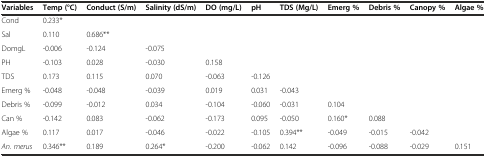
<table><thead><tr><td><b>Variables</b></td><td><b>Temp (°C)</b></td><td><b>Conduct (S/m)</b></td><td><b>Salinity (dS/m)</b></td><td><b>DO (mg/L)</b></td><td><b>pH</b></td><td><b>TDS (Mg/L)</b></td><td><b>Emerg %</b></td><td><b>Debris %</b></td><td><b>Canopy %</b></td><td><b>Algae %</b></td></tr></thead><tbody><tr><td>Cond</td><td>0.233*</td><td></td><td></td><td></td><td></td><td></td><td></td><td></td><td></td><td></td></tr><tr><td>Sal</td><td>0.110</td><td>0.686**</td><td></td><td></td><td></td><td></td><td></td><td></td><td></td><td></td></tr><tr><td>DomgL</td><td>-0.006</td><td>-0.124</td><td>-0.075</td><td></td><td></td><td></td><td></td><td></td><td></td><td></td></tr><tr><td>PH</td><td>-0.103</td><td>0.028</td><td>-0.030</td><td>0.158</td><td></td><td></td><td></td><td></td><td></td><td></td></tr><tr><td>TDS</td><td>0.173</td><td>0.115</td><td>0.070</td><td>-0.063</td><td>-0.126</td><td></td><td></td><td></td><td></td><td></td></tr><tr><td>Emerg %</td><td>-0.048</td><td>-0.048</td><td>-0.039</td><td>0.019</td><td>0.031</td><td>-0.043</td><td></td><td></td><td></td><td></td></tr><tr><td>Debris %</td><td>-0.099</td><td>-0.012</td><td>0.034</td><td>-0.104</td><td>-0.060</td><td>-0.031</td><td>0.104</td><td></td><td></td><td></td></tr><tr><td>Can %</td><td>-0.142</td><td>0.083</td><td>-0.062</td><td>-0.173</td><td>0.095</td><td>-0.050</td><td>0.160*</td><td>0.088</td><td></td><td></td></tr><tr><td>Algae %</td><td>0.117</td><td>0.017</td><td>-0.046</td><td>-0.022</td><td>-0.105</td><td>0.394**</td><td>-0.049</td><td>-0.015</td><td>-0.042</td><td></td></tr><tr><td><i>An. merus</i></td><td>0.346**</td><td>0.189</td><td>0.264*</td><td>-0.200</td><td>-0.062</td><td>0.142</td><td>-0.096</td><td>-0.088</td><td>-0.029</td><td>0.151</td></tr></tbody></table>